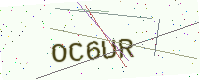
Text: OC6UR